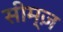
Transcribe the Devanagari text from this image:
सीम्ज़